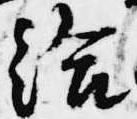
給